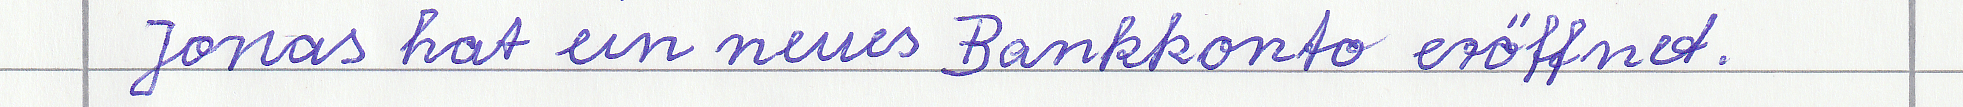
Jonas hat ein neues Bankkonto eröffnet.